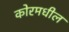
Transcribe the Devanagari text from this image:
कोरमधील